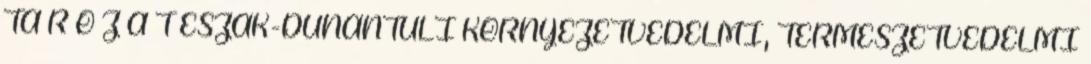
TÁ R O Z A T ÉSZAK-DUNÁNTÚLI KÖRNYEZETVÉDELMI, TERMÉSZETVÉDELMI